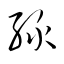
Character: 綠